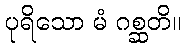
ပုရိသော မံ ဂစ္ဆတိ။